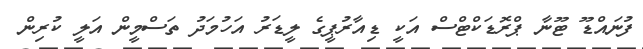
ފުނައްޑޫ ޓޫނާ ޕްރޮޑަކްޓްސް އަކީ ޑިއާރުޕީގެ ލީޑަރު އަހުމަދު ތަސްމީން އަލީ ކުރިން